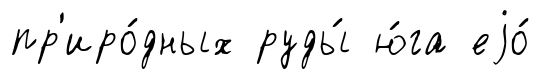
пр'иро́дных руды́ ю́га еjо́